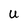
Character: U